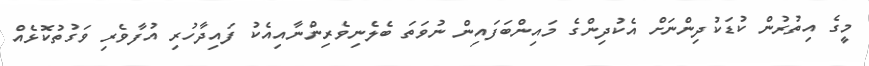
މީގެ އިތުރުން ކުޑަކުދިންނަށް އެކުދިންގެ މައިންބަފައިން ނުވަތަ ބެލެނިވެރިންނާއިއެކު ފައިދާހުރި އުފާވެރި ވަގުތުކޮޅެއް